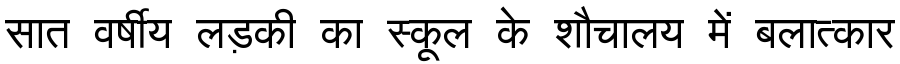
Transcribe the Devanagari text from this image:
सात वर्षीय लड़की का स्कूल के शौचालय में बलात्कार